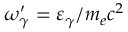
\omega _ { \gamma } ^ { \prime } = \varepsilon _ { \gamma } / m _ { e } c ^ { 2 }